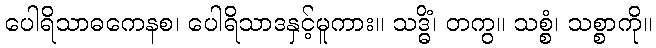
ပေါရိသာဓကေနစ၊ ပေါရိသာဒနှင့်မူကား။ သဒ္ဓိံ၊ တကွ။ သစ္စံ၊ သစ္စာကို။